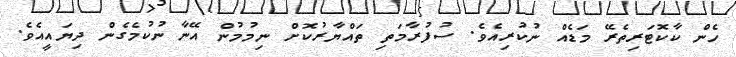
ހެން ކާކޮޓަރިތެރޭ މަޑެއް ނުކުރިއެވެ. ސުފުރާމަތި ތައްޔާރުކޮށް ނިމުމުން އޭނާ ނުކުމެގެން ދިޔައީއެވެ.